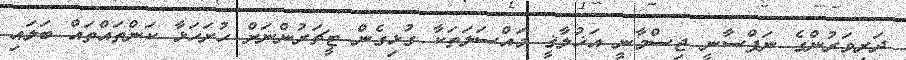
ދަރިވަރުންގެ ނަފްސާނީ ޖިސްމާނީ އަޚުލާޤީ މައްސަލަތަކާ ގުޅިގެން ޓީޗަރުންނަށް ހުށަހަޅާ ކަންތައްތައް ބަލައި